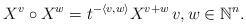
LaTeX: \begin{align*}X^v \circ X^w = t^{ -\langle v, w \rangle} X^{v+w} \, v,w\in \mathbb{N}^n.\end{align*}